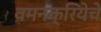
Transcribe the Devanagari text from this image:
वमनक्रियेचे